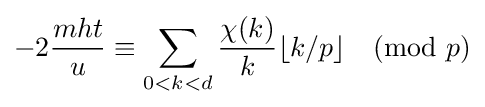
-2{mht \over u}\equiv \sum _{0<k<d}{\chi (k) \over k}\lfloor {k/p}\rfloor {\pmod {p}}